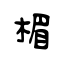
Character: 楣